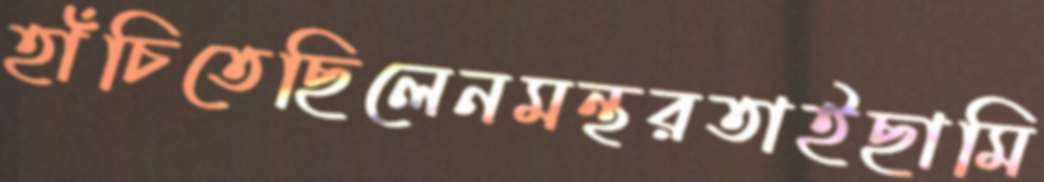
হাঁচিতেছিলেনমন্থরতাইছামি